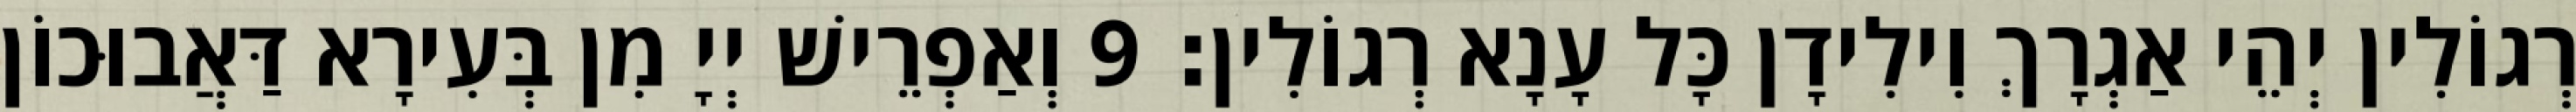
רְגוֹלִין יְהֵי אַגְרָךְ וִילִידָן כָּל עָנָא רְגוֹלִין׃ 9 וְאַפְרֵישׁ יְיָ מִן בְּעִירָא דַּאֲבוּכוֹן